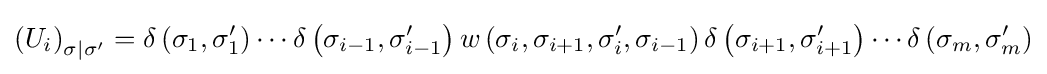
\left(U_{i}\right)_{\sigma |\sigma '}=\delta \left(\sigma _{1},\sigma _{1}'\right)\cdots \delta \left(\sigma _{i-1},\sigma _{i-1}'\right)w\left(\sigma _{i},\sigma _{i+1},\sigma _{i}',\sigma _{i-1}\right)\delta \left(\sigma _{i+1},\sigma _{i+1}'\right)\cdots \delta \left(\sigma _{m},\sigma _{m}'\right)